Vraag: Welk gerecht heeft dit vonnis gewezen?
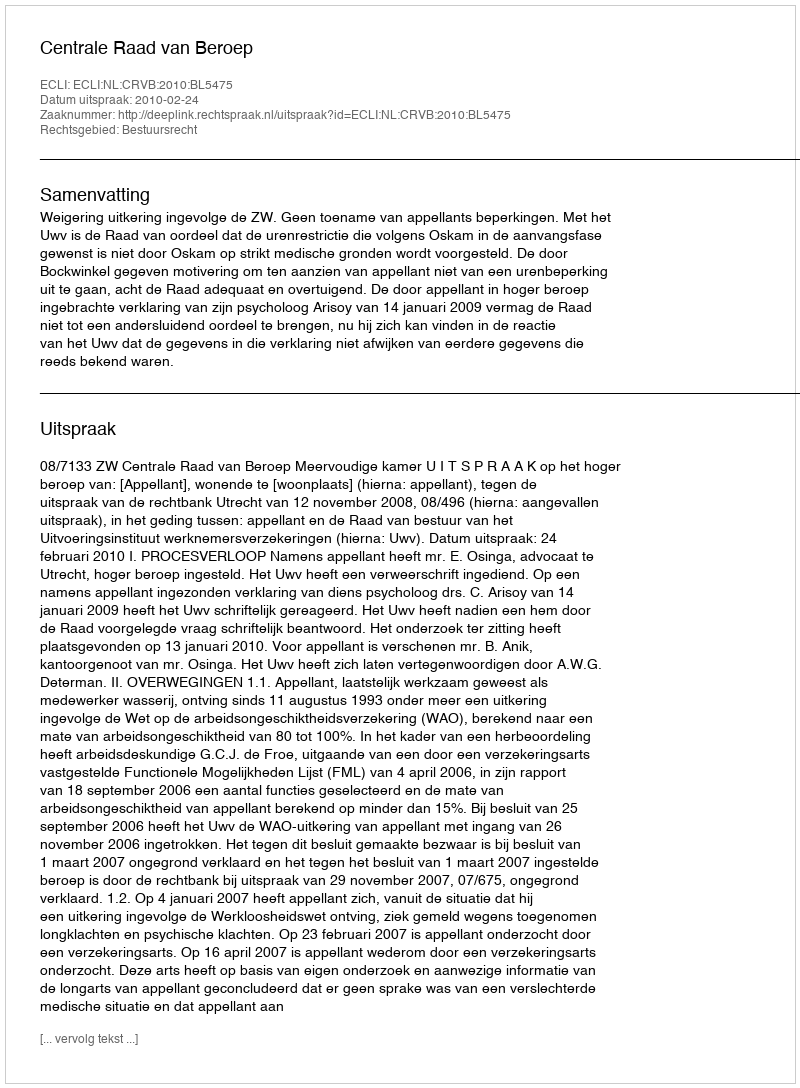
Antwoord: Centrale Raad van Beroep